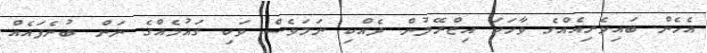
އެހެން ބައިވެރިއެއްގެ ވާހަކަ އިޒްރޭލުން ދެއްކި ނަމަވެސް ވަކި ގައުމެއްގެ ނަން ބުނެފައެއް